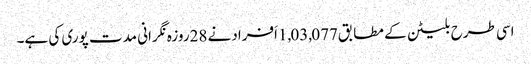
اسی طرح بلیٹن کے مطابق1,03,077اَفرادنے 28روزہ نگرانی مدت پوری کی ہے۔